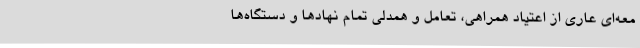
معه‌ای عاری از اعتیاد همراهی، تعامل و همدلی تمام نهادها و دستگاه‌ها